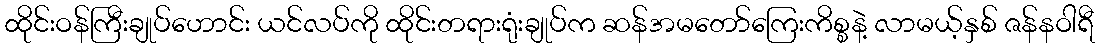
ထိုင်းဝန်ကြီးချုပ်ဟောင်း ယင်လပ်ကို ထိုင်းတရားရုံးချုပ်က ဆန်အမတော်ကြေးကိစ္စနဲ့ လာမယ့်နှစ် ဇန်နဝါရီ